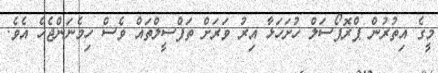
މީގެ އިތުރުން ޕްރޮޕޯސަލް ހުށަހަޅާ އިރު ވަރަށް ތަފްސީލްތައް ވެސް ހިމެނަންޖެހެ އެވެ.